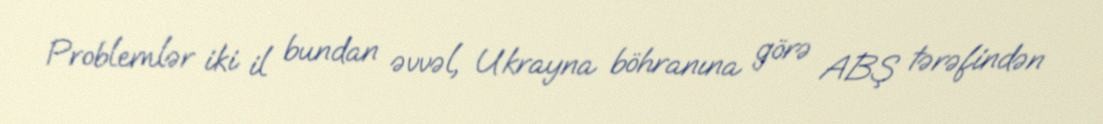
Problemlər iki il bundan əvvəl, Ukrayna böhranına görə ABŞ tərəfindən